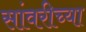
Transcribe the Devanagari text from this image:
सांवरीच्या